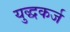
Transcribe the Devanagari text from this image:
युद्धकर्ज